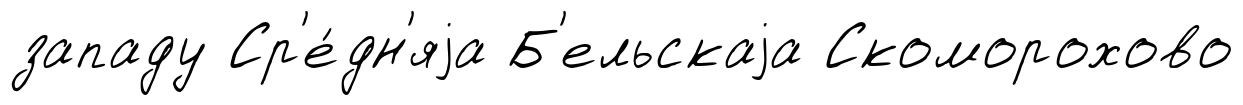
западу Ср'е́дн'яjа Б'ельскаjа Скоморохово